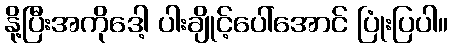
နို့ပြီးအကိုဒေါ့ ပါးချိုင့်ပေါ်အောင် ပြုံးပြပါ။